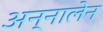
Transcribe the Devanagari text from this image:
अन्नालेन